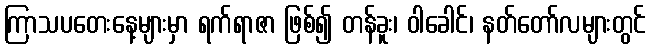
ကြာသပတေးနေ့များမှာ ရက်ရာဇာ ဖြစ်၍ တန်ခူး၊ ဝါခေါင်၊ နတ်တော်လများတွင်